Mental hospitals Bombay report 1929-33 - 1929-1933
Year: 1929
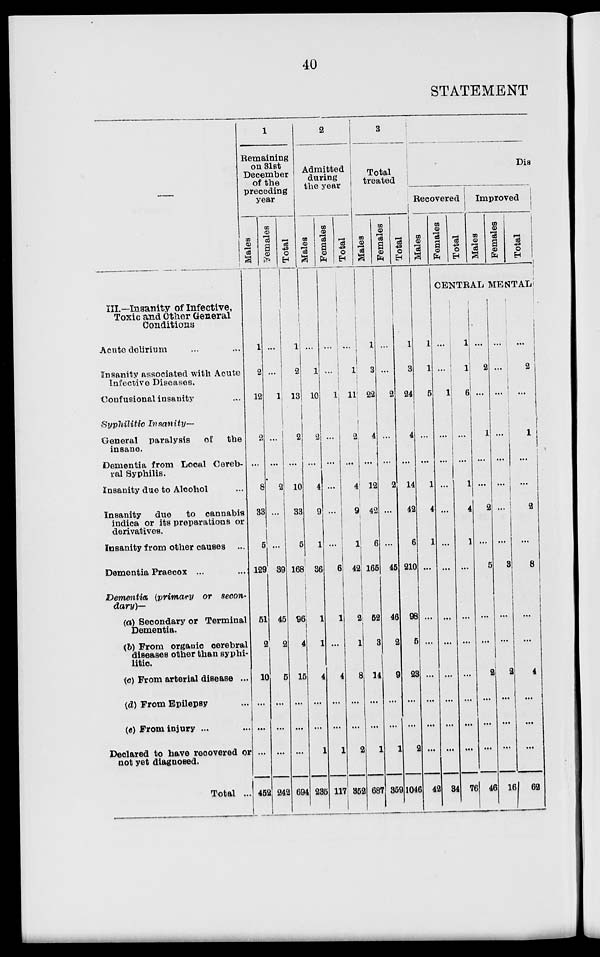
40
STATEMENT
—
III.—Insanity of Infective,
Toxic and Other General
Conditions
Acute delirium ... ...
Insanity associated with Acute
Infective Diseases.
Confusional insanity ...
Syphilitic
Insanity—
General paralysis
of the
insane.
Dementia from Local Cereb-
ral Syphilis.
Insanity due to Alcohol ...
Insanity
due
to cannabis
indica or its preparations or
derivatives.
Insanity from other causes ...
Dementia Praecox ... ...
Dementia (primary
or secon-
dary)—
(a) Secondary or Terminal
Dementia.
(b) From organic cerebral
diseases other than syphi-
litic.
(c) From arterial disease ...
(d) From Epilepsy ...
(e) From injury ... ...
Declared to have recovered or
not yet diagnosed.
Total ...
1
Remaining
on 31st
December
of the
preceding
year
Males
1
2
12
2
...
8
3
6
129
51
2
10
...
...
...
452
Females
...
...
1
...
...
8
...
5
9
45
2
5
...
...
...
242
Total
1
2
13
2
...
10
33
6
168
96
4
16
...
...
...
694
2
Admitted
during
the year
Males
...
1
10
2
...
4
9
1
36
1
1
4
...
...
1
235
Females
...
...
1
...
...
...
...
...
6
1
...
4
...
...
1
117
Total
...
1
11
2
...
4
9
1
42
2
1
8
...
...
2
352
3
Total
treated
Males
1
3
22
4
...
12
42
6
165
52
3
14
...
...
1
687
Females
...
...
2
...
...
2
...
...
45
46
2
9
...
...
1
359
Total
1
3
24
4
...
14
42
6
210
96
5
23
...
2
1046
Dis
Recovered
Males
1
1
5
...
...
1
4
1
...
...
...
...
...
...
42
Females
Total
Improved
Males
Females
Total
CENTRAL MENTAL
...
...
1
...
...
...
...
...
...
...
...
...
...
...
...
84
1
1
6
...
...
1
4
1
...
...
...
...
...
...
...
76
...
2
...
1
...
...
2
...
5
...
...
2
...
...
...
46
...
...
...
...
...
...
...
...
3
...
...
2
...
...
...
16
...
2
...
1
...
...
2
...
8
...
...
4
...
...
...
62